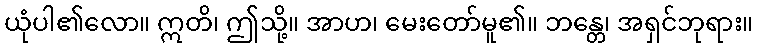
ယုံပါ၏လော။ ဣတိ၊ ဤသို့။ အာဟ၊ မေးတော်မူ၏။ ဘန္တေ၊ အရှင်ဘုရား။